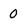
Character: 0